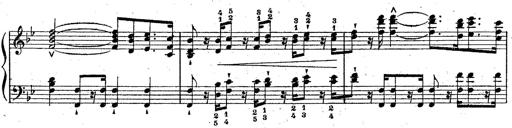
Title: La Marseillaise
Composer: Franz Liszt
Key: B-flat major